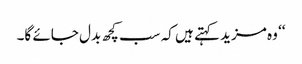
‘‘ وہ مزید کہتے ہیں کہ سب کچھ بدل جائے گا۔